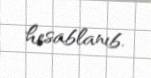
hesablanıb.